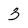
Character: 3